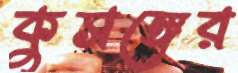
কুসঙ্গের